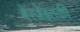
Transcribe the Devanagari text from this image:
बेरजेइतकी